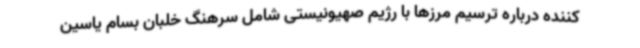
کننده درباره ترسیم مرزها با رژیم صهیونیستی شامل سرهنگ خلبان بسام یاسین